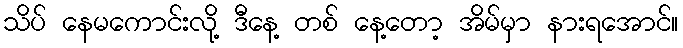
သိပ် နေမကောင်းလို့ ဒီနေ့ တစ် နေ့တော့ အိမ်မှာ နားရအောင်။